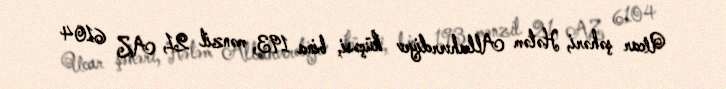
Ucar şəhəri, Hətəm Allahverdiyev küçəsi, bina 193, mənzil 21, AZ 6104